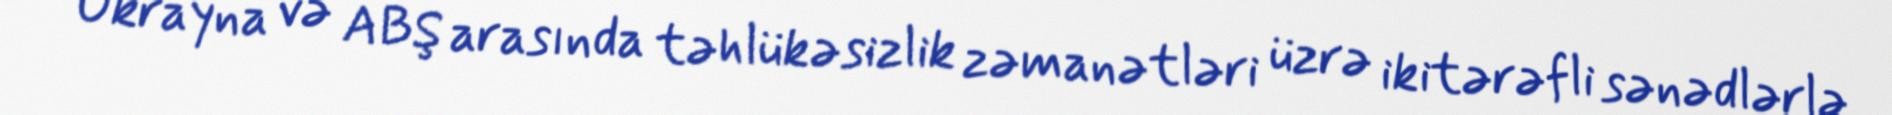
“Ukrayna və ABŞ arasında təhlükəsizlik zəmanətləri üzrə ikitərəfli sənədlərlə